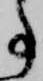
事